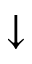
\downarrow